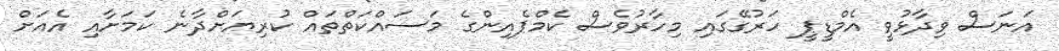
އަނަސް ވިދާޅުވީ އެމްޑީޕީ ހަރުގޭގައި މިހާރުވެސް ކެމްޕެއިންގެ މަސައްކަތްތައް ކުރިޔަށްދާނެ ކަމަށާއި އެއަށް